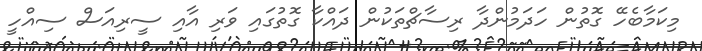
މިކަމާބެހޭ ގޮތުން ހަދަމުންދާ ރިސާޗްތަކުން ދައްކާ ގޮތުގައި ވަރި އާއި ސީރިއަސް ސިއްހީ